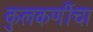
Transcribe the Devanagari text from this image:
कुलकर्णीचा